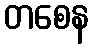
တစေန